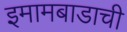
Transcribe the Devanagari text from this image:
इमामबाडाची